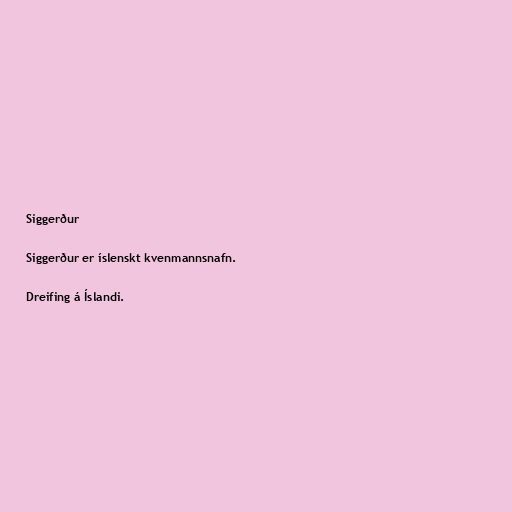
Siggerður

Siggerður er íslenskt kvenmannsnafn.

Dreifing á Íslandi.